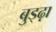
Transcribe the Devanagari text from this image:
बुड्ढ़ा